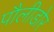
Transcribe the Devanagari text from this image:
पौलीडोर